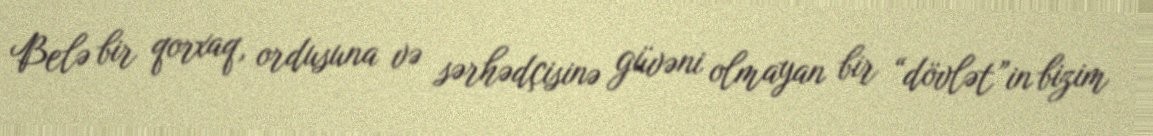
Belə bir qorxaq, ordusuna və sərhədçisinə güvəni olmayan bir “dövlət”in bizim